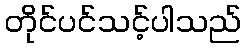
တိုင်ပင်သင့်ပါသည်